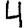
Digit: 4